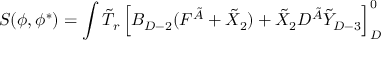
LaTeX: S ( \phi , \phi ^ { * } ) = \int \tilde { T } _ { r } \left[ B _ { D - 2 } ( F ^ { \tilde { A } } + \tilde { X } _ { 2 } ) + \tilde { X } _ { 2 } D ^ { \tilde { A } } \tilde { Y } _ { D - 3 } \right] _ { D } ^ { 0 }